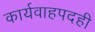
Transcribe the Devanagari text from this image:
कार्यवाहपदही